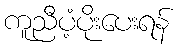
ကူညီပံ့ပိုးပေးရန်